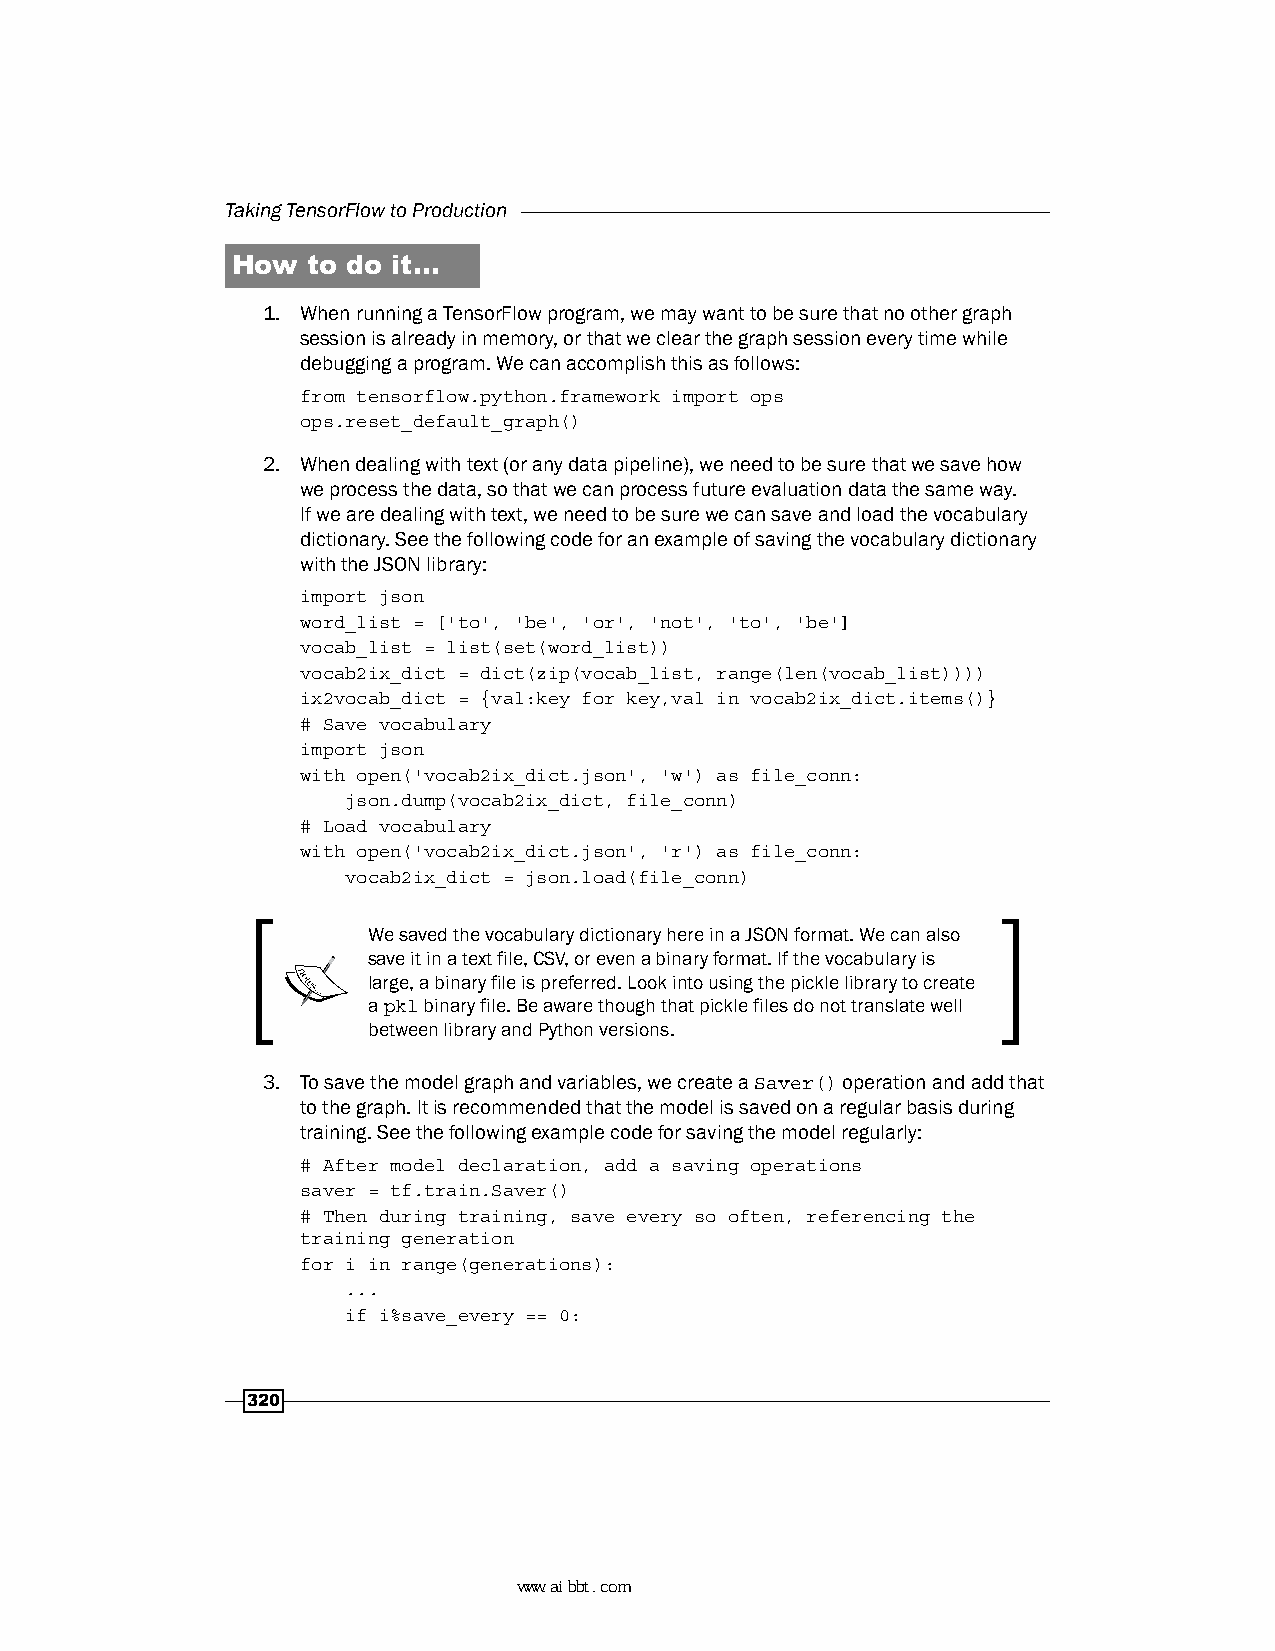
Taking TensorFlow to Production
 How  to do it…
 1. When running a TensorFlow program, we may want to be sure that no other graph
 session is already in memory, or that we clear the graph session every time while
 debugging a program. We can accomplish this as follows:
 from tensorflow.python.framework import ops
 ops.reset_default_graph()
 2. When dealing with text (or any data pipeline), we need to be sure that we save how
 we process the data, so that we can process future evaluation data the same way.
 If we are dealing with text, we need to be sure we can save and load the vocabulary
 dictionary. See the following code for an example of saving the vocabulary dictionary
 with the JSON library:
 import json
 word_list = ['to', 'be', 'or', 'not', 'to', 'be']
 vocab_list = list(set(word_list))
 vocab2ix_dict = dict(zip(vocab_list, range(len(vocab_list))))
 ix2vocab_dict = {val:key for key,val in vocab2ix_dict.items()}
 # Save vocabulary
 import json
 with open('vocab2ix_dict.json', 'w') as file_conn:
 json.dump(vocab2ix_dict, file_conn)
 # Load vocabulary
 with open('vocab2ix_dict.json', 'r') as file_conn:
 vocab2ix_dict = json.load(file_conn)
 We saved the vocabulary dictionary here in a JSON format. We can also
 save it in a text file, CSV, or even a binary format. If the vocabulary is
 large, a binary file is preferred. Look into using the pickle library to create
 a pkl binary file. Be aware though that pickle files do not translate well
 between library and Python versions.
 3. To save the model graph and variables, we create a Saver() operation and add that
 to the graph. It is recommended that the model is saved on a regular basis during
 training. See the following example code for saving the model regularly:
 # After model declaration, add a saving operations
 saver = tf.train.Saver()
 # Then during training, save every so often, referencing the
 training generation
 for i in range(generations):
 ...
 if i%save_every == 0:
 320
 www.aibbt.com 让未来触手可及